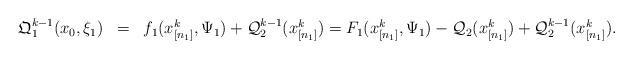
LaTeX: \begin{align*}\begin{array}{lll}\mathfrak{Q}_1^{k-1}(x_{0}, \xi_1)&= & f_1(x_{[n_1]}^k, \Psi_1) + \mathcal{Q}_2^{k-1}(x_{[n_1]}^k)=F_1(x_{[n_1]}^k, \Psi_1)-\mathcal{Q}_2(x_{[n_1]}^k)+\mathcal{Q}_2^{k-1}(x_{[n_1]}^k).\end{array}\end{align*}